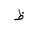
Letter: _za